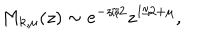
M _ { k , \mu } ( z ) \sim e ^ { - z / 2 } z ^ { 1 / 2 + \mu } ,